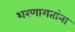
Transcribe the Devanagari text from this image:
शरणागतांना